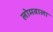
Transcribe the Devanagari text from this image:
लोमवाला